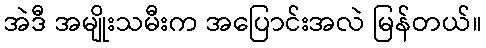
အဲဒီ အမျိုးသမီးက အပြောင်းအလဲ မြန်တယ်။